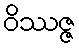
ဝိဿဇ္ဇ